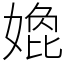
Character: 嫓